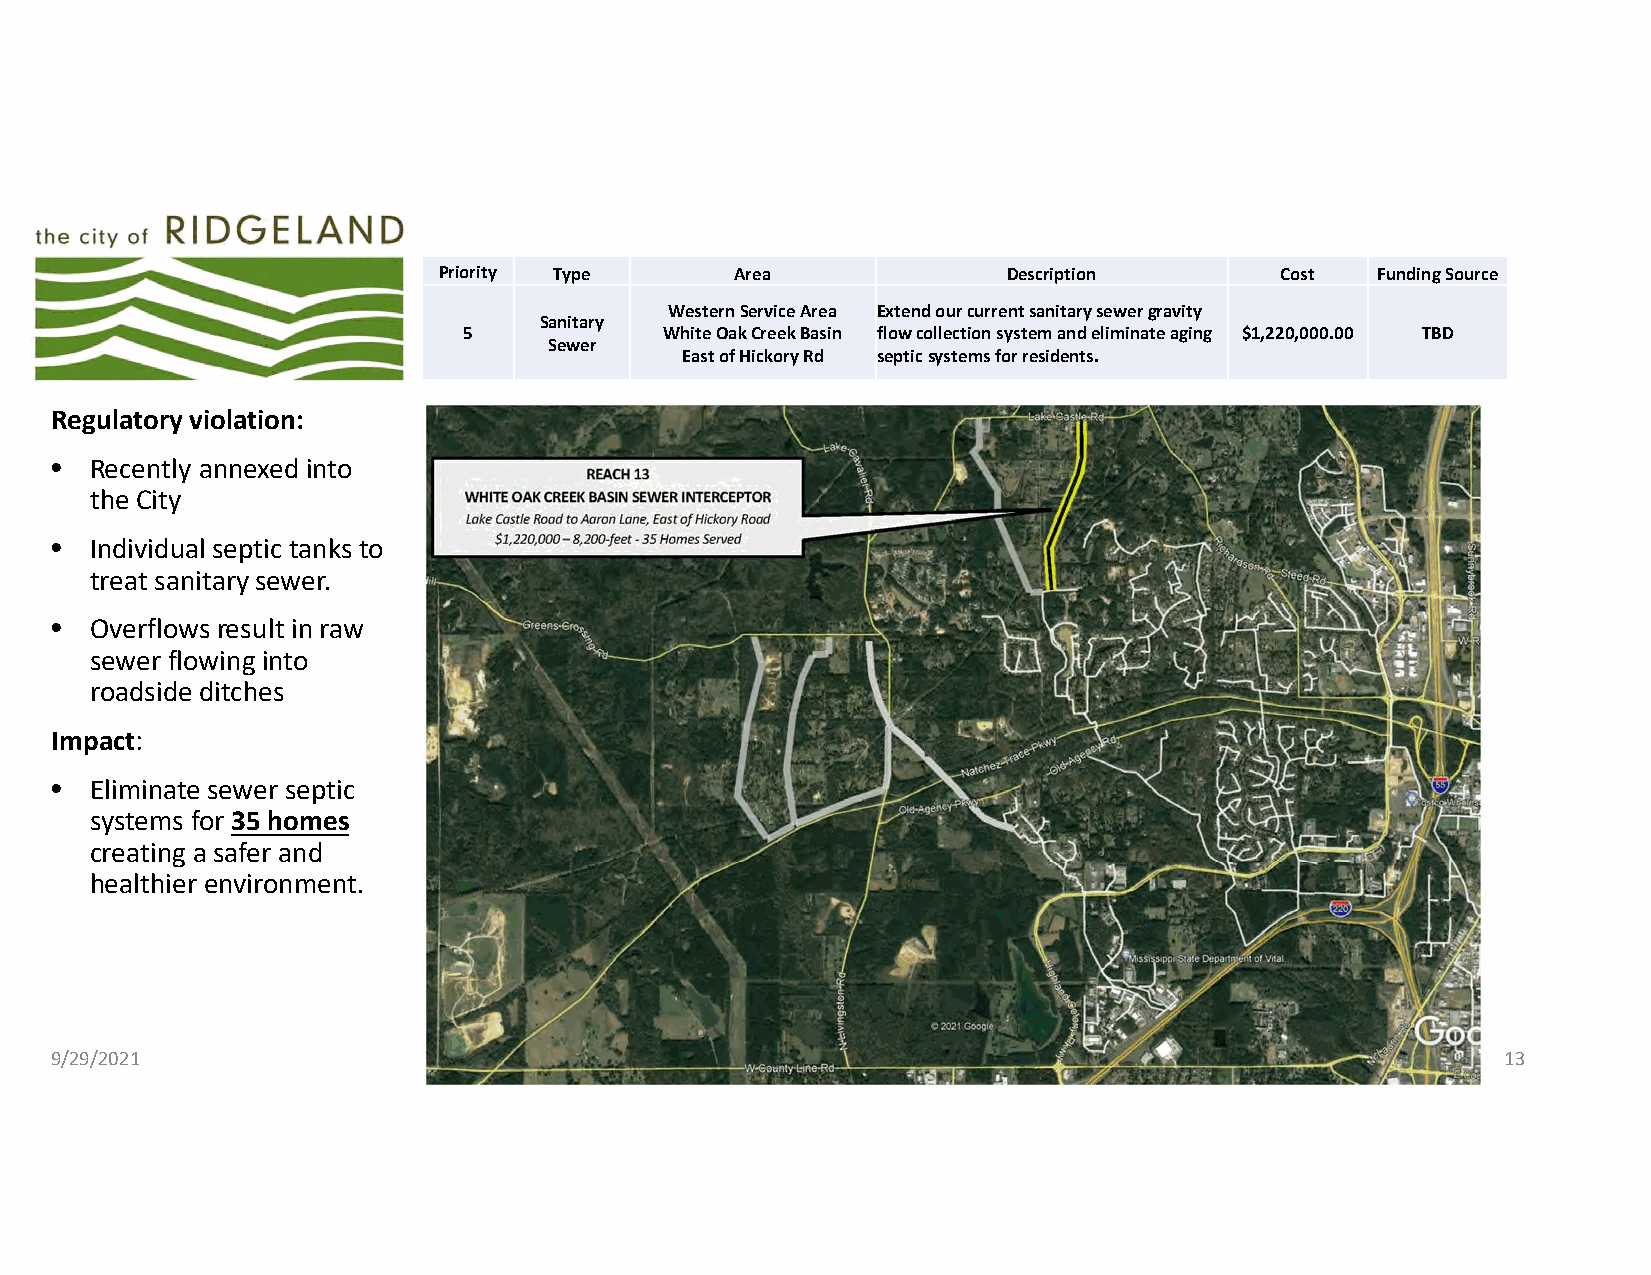
Priority Type       Area              Description       Cost  Funding Source
 Western Service Area Extend our current sanitary sewer gravity
 Sanitary
 5            White Oak Creek Basin flow collectionsystem and eliminate aging $1,220,000.00 TBD
 Sewer
 East of Hickory Rd septic systems for residents.
 Regulatory violation:
 •  Recently annexed into
 the City
 •  Individual septic tanks to
 treat sanitary sewer.
 •  Overflows result in raw
 sewer flowing into
 roadside ditches
 Impact:
 •  Eliminate sewer septic
 systems for 35 homes
 creating a safer and
 healthier environment.
 9/29/2021                                                                                        13